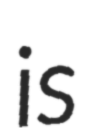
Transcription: is